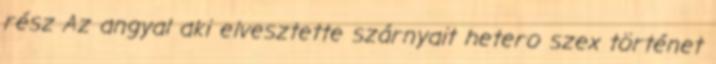
rész Az angyal aki elvesztette szárnyait hetero szex történet